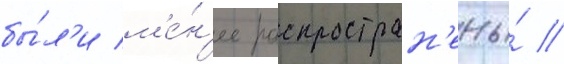
бы́л'и м'е́н'ее распростран'ены́ //